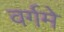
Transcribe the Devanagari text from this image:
वर्गमे